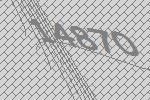
14870